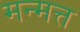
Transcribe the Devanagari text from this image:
मन्मत्त